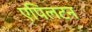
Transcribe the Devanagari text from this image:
एपिलटन